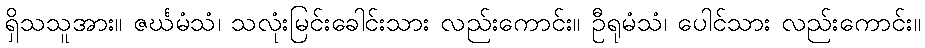
ရှိသသူအား။ ဇင်္ဃမံသံ၊ သလုံးမြင်းခေါင်းသား လည်းကောင်း။ ဦရုမံသံ၊ ပေါင်သား လည်းကောင်း။